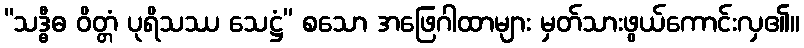
“သဒ္ဓီဓ ဝိတ္တံ ပုရိသဿ သေဋ္ဌံ” စသော အဖြေဂါထာများ မှတ်သားဖွယ်ကောင်းလှ၏။